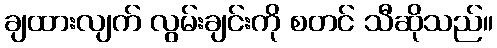
ချထားလျက် လွမ်းချင်းကို စတင် သီဆိုသည်။